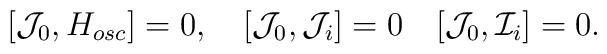
[{\cal J}_0, H_{osc}]= 0,\quad[{\cal J}_0, {\cal J}_i]=0 \quad[{\cal J}_0, {\cal I}_i ]=0 .